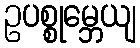
ဥပစ္စုမ္ဘေယျ